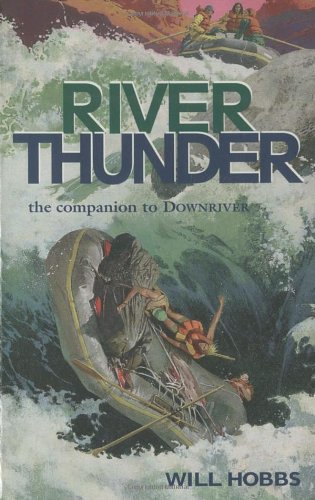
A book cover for River Thunder; Will Hobbs; Sports & Outdoors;